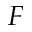
F